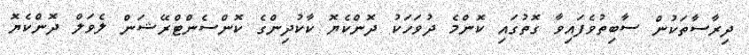
ދިރާސާތަކުން ސާބިތުވެފައިވާ ގޮތުގައި ކޮންމެ ދުވަހަކު ދޮންކެޔޮ ކާކުދިންގެ ކޮންސެންޓްރޭޝަން ލެވަލް ދޮންކެޔޮ